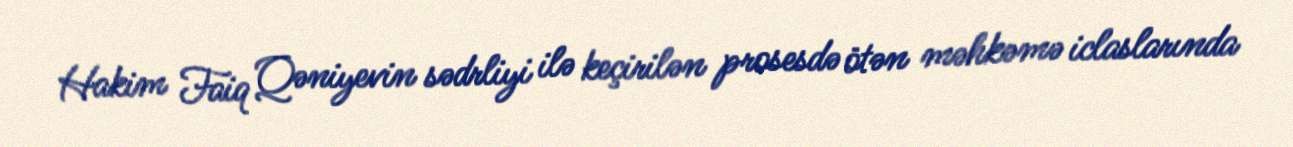
Hakim Faiq Qəniyevin sədrliyi ilə keçirilən prosesdə ötən məhkəmə iclaslarında